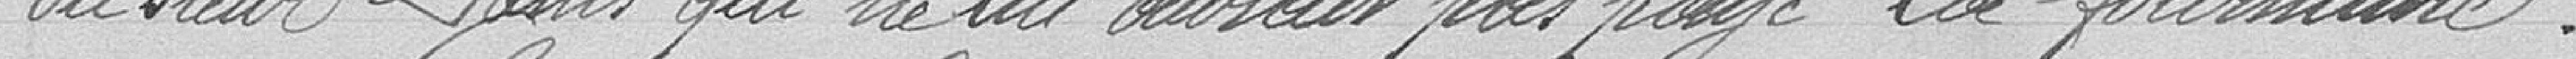
du sieur Danis qui ne lui aurait pas payé la fourniture.